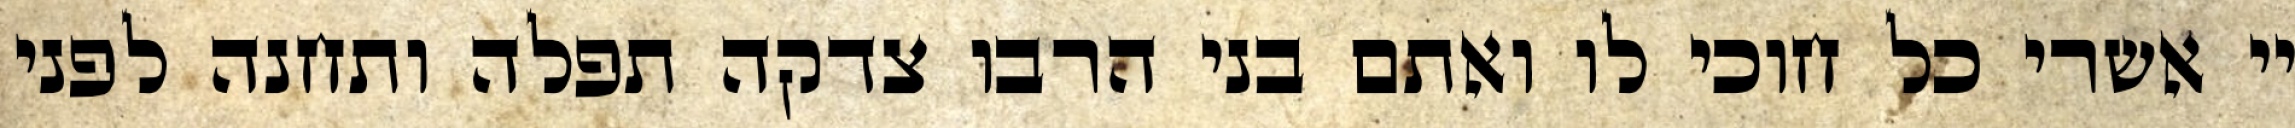
יי אשרי כל חוכי לו ואתם בני הרבו צדקה תפלה ותחנה לפני